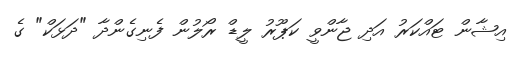
އިޝާން ޓައްކަރު އަދި ޖާންވީ ކަޕޫރު ލީޑް ރޯލުން ފެނިގެންދާ "ދަޅަކް" ގެ